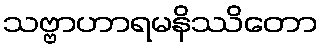
သဗ္ဗာဟာရမနိဿိတော